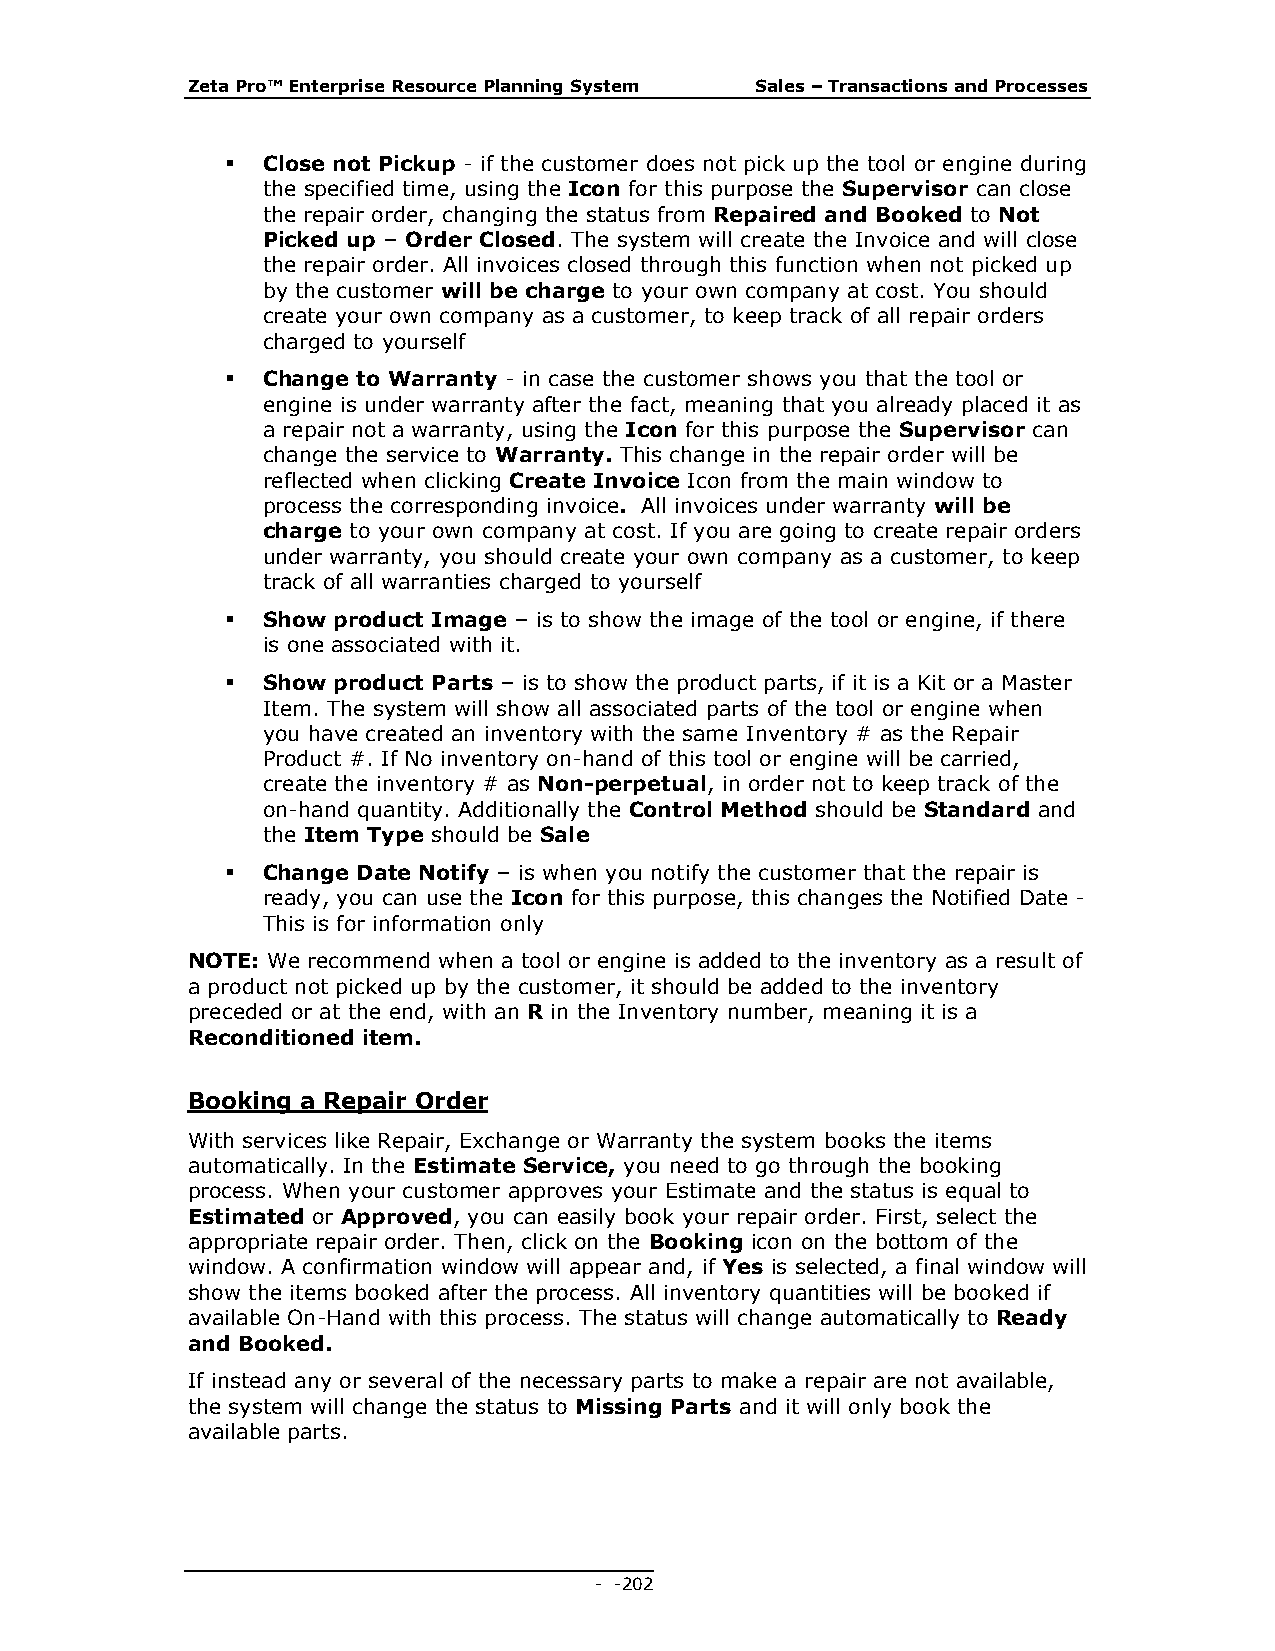
Zeta Pro™ Enterprise Resource Planning System Sales – Transactions and Processes
  Close not Pickup - if the customer does not pick up the tool or engine during
 the specified time, using the Icon for this purpose the Supervisor can close
 the repair order, changing the status from Repaired and Booked to Not
 Picked up – Order Closed. The system will create the Invoice and will close
 the repair order. All invoices closed through this function when not picked up
 by the customer will be charge to your own company at cost. You should
 create your own company as a customer, to keep track of all repair orders
 charged to yourself
  Change to Warranty - in case the customer shows you that the tool or
 engine is under warranty after the fact, meaning that you already placed it as
 a repair not a warranty, using the Icon for this purpose the Supervisor can
 change the service to Warranty. This change in the repair order will be
 reflected when clicking Create Invoice Icon from the main window to
 process the corresponding invoice. All invoices under warranty will be
 charge to your own company at cost. If you are going to create repair orders
 under warranty, you should create your own company as a customer, to keep
 track of all warranties charged to yourself
  Show product Image – is to show the image of the tool or engine, if there
 is one associated with it.
  Show product Parts – is to show the product parts, if it is a Kit or a Master
 Item. The system will show all associated parts of the tool or engine when
 you have created an inventory with the same Inventory # as the Repair
 Product #. If No inventory on-hand of this tool or engine will be carried,
 create the inventory # as Non-perpetual, in order not to keep track of the
 on-hand quantity. Additionally the Control Method should be Standard and
 the Item Type should be Sale
  Change Date Notify – is when you notify the customer that the repair is
 ready, you can use the Icon for this purpose, this changes the Notified Date -
 This is for information only
 NOTE: We recommend when a tool or engine is added to the inventory as a result of
 a product not picked up by the customer, it should be added to the inventory
 preceded or at the end, with an R in the Inventory number, meaning it is a
 Reconditioned item.
 Booking a Repair Order
 With services like Repair, Exchange or Warranty the system books the items
 automatically. In the Estimate Service, you need to go through the booking
 process. When your customer approves your Estimate and the status is equal to
 Estimated or Approved, you can easily book your repair order. First, select the
 appropriate repair order. Then, click on the Booking icon on the bottom of the
 window. A confirmation window will appear and, if Yes is selected, a final window will
 show the items booked after the process. All inventory quantities will be booked if
 available On-Hand with this process. The status will change automatically to Ready
 and Booked.
 If instead any or several of the necessary parts to make a repair are not available,
 the system will change the status to Missing Parts and it will only book the
 available parts.
 - - 202